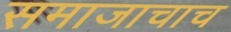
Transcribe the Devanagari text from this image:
समाजाचाच